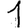
Digit: 1